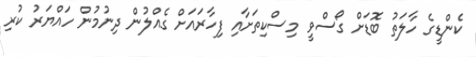
ކެންޑީގެ ހާލަތު ބޮޑަށް ގޯސްވީ މިސްކިތަށާއި ފިހާރައަށް ގެއްލުން ދިނުމުން ހައްޔަރު ކުރި